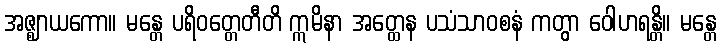
အဇ္ဈာယကော။ မန္တေ ပရိဝတ္တေတီတိ ဣမိနာ အတ္ထေန ပသံသာဝစနံ ကတွာ ဝေါဟရန္တိ။ မန္တေ